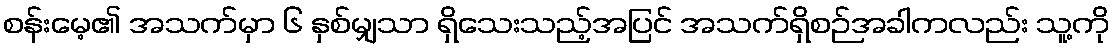
စန်းမေ့၏ အသက်မှာ ၆ နှစ်မျှသာ ရှိသေးသည့်အပြင် အသက်ရှိစဉ်အခါကလည်း သူ့ကို